Rangoon Lunatic Asylum 1898-1906 - 1898-1906
Year: 1898
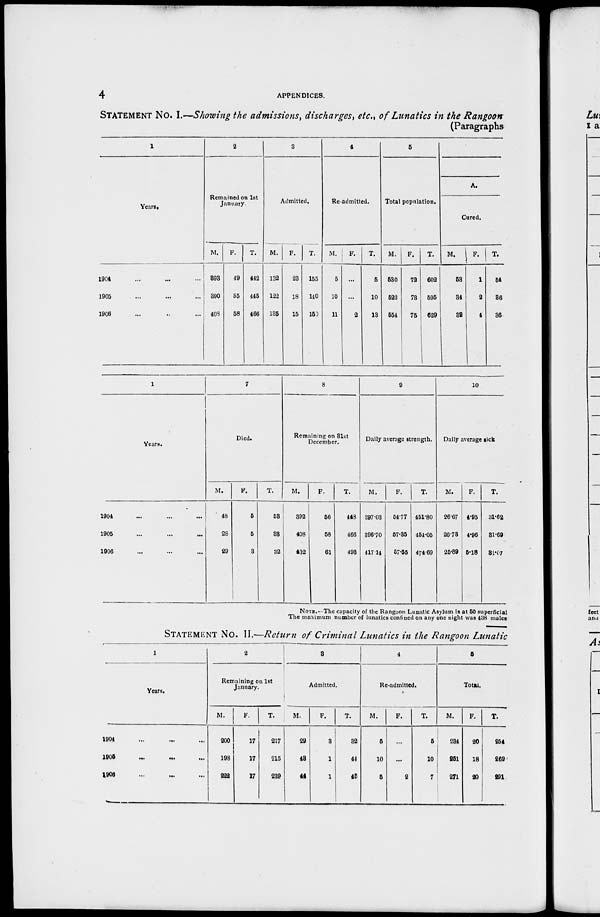
4
APPENDICES.
STATEMENT NO. I.—Showing the admissions, discharges, etc., of Lunatics in the Rangoon
(Paragraphs
1
Years.
1904 ... ... ...
1905 ... ... ...
1906 ... ... ...
2
Remained on 1st
January
M.
393
390
408
F.
49
55
58
T.
442
445
466
3
Admitted.
M.
132
122
135
F.
23
18
15
T.
155
140
150
4
Re-admitted.
M.
5
10
11
F.
...
...
2
T.
5
10
13
5
Total population.
M.
530
522
554
F.
72
73
75
T.
602
595
629
A.
Cured.
M.
53
34
32
F.
1
2
4
T.
54
36
36
1
Years.
1904 ... ... ... ...
1905 ... ... ... ...
1906 ... ... ... ...
7
Died.
M.
48
28
29
F.
5
5
3
T.
53
33
32
8
Remaining on 31st
December.
M.
392
408
432
F.
56
58
61
T.
448
466
493
9
Daily average strength.
M.
397.03
396.70
417.14
F.
54.77
57.35
57.55
T.
451.80
454.05
474.69
10
Daily average sick
M.
26.67
26.73
25.89
F.
4.95
4.96
5.18
T.
31.62
31.69
31.07
NOTE.–– The capacity of the Rangoon Lunatic Asylum is at 50 superficial
The maximum number of lunatics confined on any one night was 438 males
STATEMENT NO. II.—Return of Criminal Lunatics in the Rangoon Lunatic
1
Years.
1904 ... ... ...
1905
...
...
...
1906 ... ... ...
2
Remaining on 1st
January.
M.
200
198
222
F.
17
17
17
T.
217
215
239
3
Admitted.
M.
29
48
44
F.
3
1
1
T.
32
44
45
4
Re-admitted.
M.
5
10
5
F.
...
...
2
T.
5
10
7
5
Total.
M.
234
251
271
F.
20
18
20
T.
254
269
291